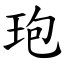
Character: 玸